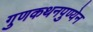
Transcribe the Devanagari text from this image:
गुणकथनपुण्येन